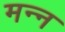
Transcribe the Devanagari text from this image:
मन्न